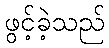
ဖွင့်ခဲ့သည်